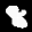
Label: 8